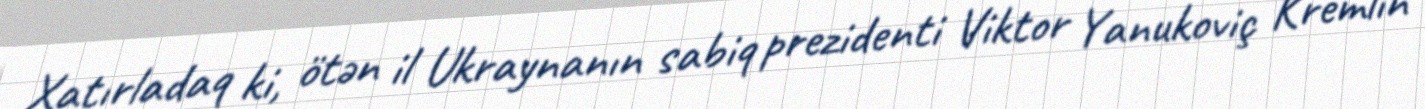
Xatırladaq ki, ötən il Ukraynanın sabiq prezidenti Viktor Yanukoviç Kremlin